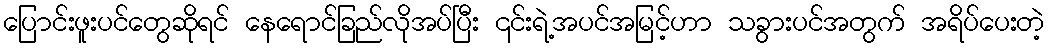
ပြောင်းဖူးပင်တွေဆိုရင် နေရောင်ခြည်လိုအပ်ပြီး ၎င်းရဲ့အပင်အမြင့်ဟာ သခွားပင်အတွက် အရိပ်ပေးတဲ့